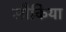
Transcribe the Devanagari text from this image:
लौकिया